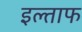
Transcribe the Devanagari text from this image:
इल्ताफ